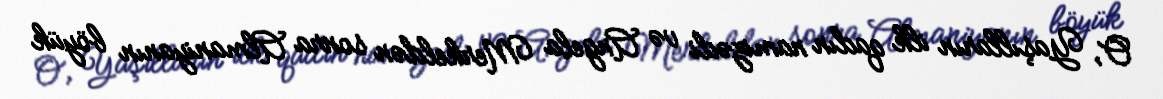
O, Yaşılların ilk qadın namizədi və Angela Merkeldən sonra Almaniyanın böyük